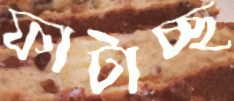
ফাটাচ্ছ